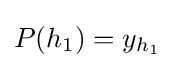
P(h_{1})=y_{h_{1}}